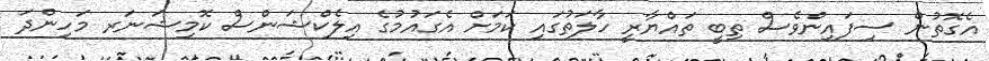
އެގޮތުން ސިފައިންވެސް ތިބީ ތައްޔާރީ ހާލަތުގައި ކަމަށް އެގައުމުގެ އިލެކްޝަންސް ކޮމިޝަނަރ މަހިންދަ